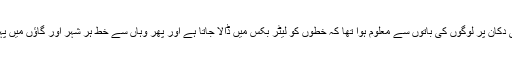
بھیرو کو قصاب کی دکان پر لوگوں کی باتوں سے معلوم ہوا تھا کہ خطوں کو لیٹر بکس میں ڈالا جاتا ہے اور پھر وہاں سے خط ہر شہر اور گاؤں میں پہنچا دیے جاتے ہیں۔